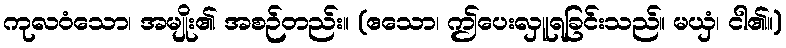
ကုလဝံသော၊ အမျိုး၏ အစဉ်တည်း။ (ဧသော၊ ဤပေးလှူရခြင်းသည်။ မယှံ၊ ငါ၏။)